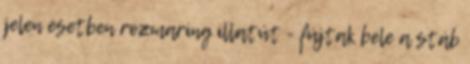
jelen esetben rozmaring illatút - fújtak bele a stáb